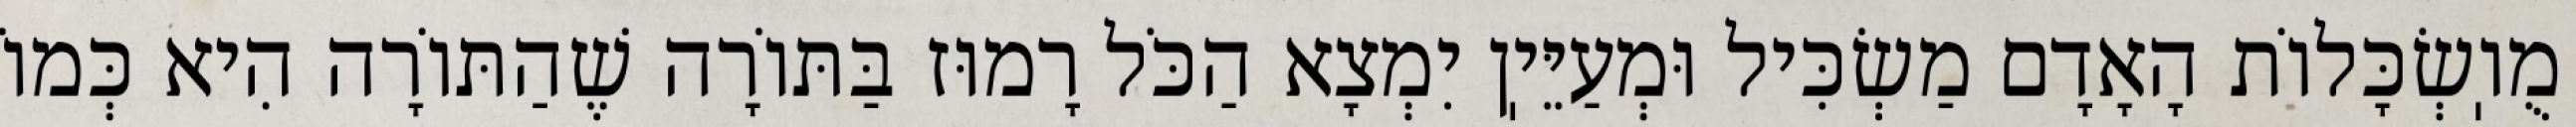
מֻוֽשְׂכָּלוֹת הָאָדָם מַשְׂכִּיל וּמְעַיֵּיֽן יִמְצָא הַכֹּל רָמוּז בַּתּוֹרָה שֶׁהַתּוֹרָה הִיא כְּמוֹ